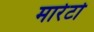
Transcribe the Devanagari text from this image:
मारेटो